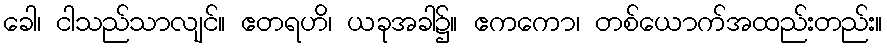
ခေါ၊ ငါသည်သာလျင်။ ဧတရဟိ၊ ယခုအခါ၌။ ဧကကော၊ တစ်ယောက်အထည်းတည်း။